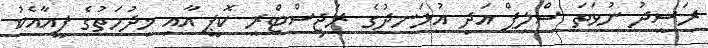
ރަސީދު ނުވަތަ ސްލިޕް އަދި އުޅަނދުގެ ރަޖިސްޓްރީ ކޮޕީ އާއި ޚިދުމަތުގެ ފީއާއެކު